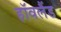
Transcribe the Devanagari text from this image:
हॉवलैंड